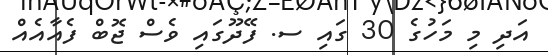
އަދި މި މަހުގެ 30 ގައި ސ. ފޭދޫގައި ވެސް ޖޮބް ފެއާއެއް